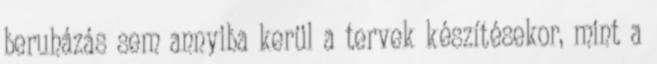
beruházás sem annyiba kerül a tervek készítésekor, mint a